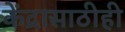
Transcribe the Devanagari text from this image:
केंद्रासाठीही